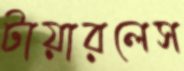
টায়ারলেস